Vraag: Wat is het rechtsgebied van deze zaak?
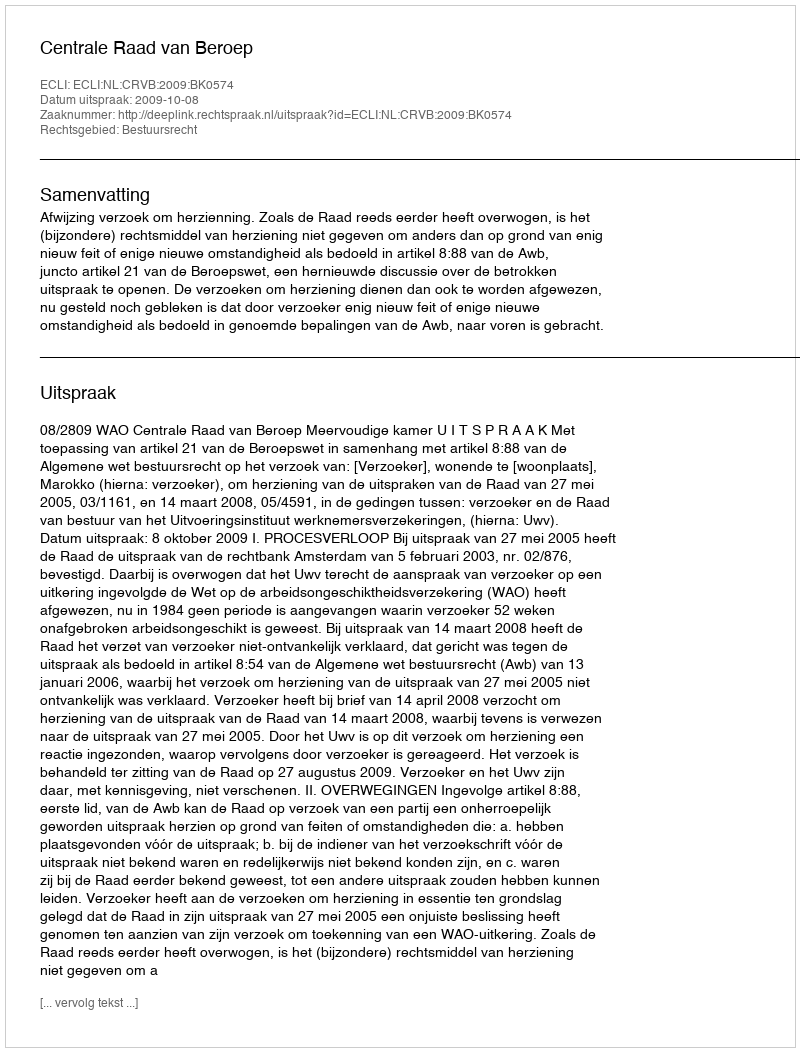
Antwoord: Bestuursrecht